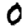
Digit: 0